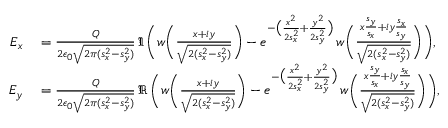
\begin{array} { r l } { E _ { x } } & { { } = \frac { Q } { 2 \epsilon _ { 0 } \sqrt { 2 \pi ( s _ { x } ^ { 2 } - s _ { y } ^ { 2 } ) } } \, \Im \, \Bigg ( w \bigg ( \frac { x + i y } { \sqrt { 2 ( s _ { x } ^ { 2 } - s _ { y } ^ { 2 } ) } } \bigg ) - e ^ { - \big ( \frac { x ^ { 2 } } { 2 s _ { x } ^ { 2 } } + \frac { y ^ { 2 } } { 2 s _ { y } ^ { 2 } } \big ) } \, w \bigg ( \frac { x \frac { s _ { y } } { s _ { x } } + i y \frac { s _ { x } } { s _ { y } } } { \sqrt { 2 ( s _ { x } ^ { 2 } - s _ { y } ^ { 2 } ) } } \bigg ) \Bigg ) , } \\ { E _ { y } } & { { } = \frac { Q } { 2 \epsilon _ { 0 } \sqrt { 2 \pi ( s _ { x } ^ { 2 } - s _ { y } ^ { 2 } ) } } \, \Re \, \Bigg ( w \bigg ( \frac { x + i y } { \sqrt { 2 ( s _ { x } ^ { 2 } - s _ { y } ^ { 2 } ) } } \bigg ) - e ^ { - \big ( \frac { x ^ { 2 } } { 2 s _ { x } ^ { 2 } } + \frac { y ^ { 2 } } { 2 s _ { y } ^ { 2 } } \big ) } \, w \bigg ( \frac { x \frac { s _ { y } } { s _ { x } } + i y \frac { s _ { x } } { s _ { y } } } { \sqrt { 2 ( s _ { x } ^ { 2 } - s _ { y } ^ { 2 } ) } } \bigg ) \Bigg ) , } \end{array}